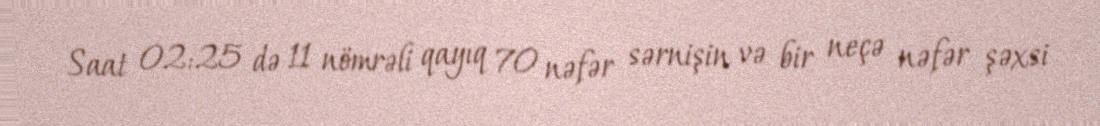
Saat 02:25 də 11 nömrəli qayıq 70 nəfər sərnişin və bir neçə nəfər şəxsi